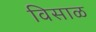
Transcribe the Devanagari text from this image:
विसाळ